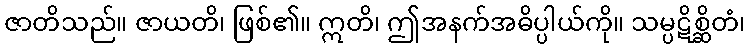
ဇာတိသည်။ ဇာယတိ၊ ဖြစ်၏။ ဣတိ၊ ဤအနက်အဓိပ္ပါယ်ကို။ သမ္ပဋိစ္ဆိတံ၊